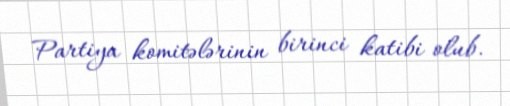
Partiya komitələrinin birinci katibi olub.